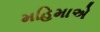
મહિમાએ